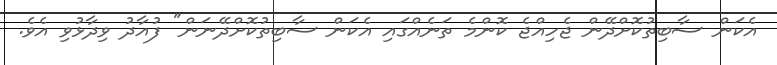
އެކަން ސާބިތުކޮށްދޭން ޖެހިއްޖެ ކޮންމެ ތަނެއްގައި އެކަން ސާބިތުކޮށްދޭނަން" ފުއާދު ވިދާޅުވި އެވެ.